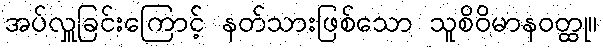
အပ်လှူခြင်းကြောင့် နတ်သားဖြစ်သော သူစိဝိမာနဝတ္ထု။